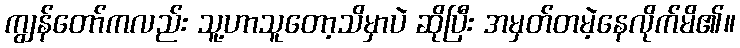
ကျွန်တော်ကလည်း သူ့ဟာသူတော့သိမှာပဲ ဆိုပြီး အမှတ်တမဲ့နေလိုက်မိ၏။